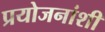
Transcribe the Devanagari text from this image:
प्रयोजनांशी